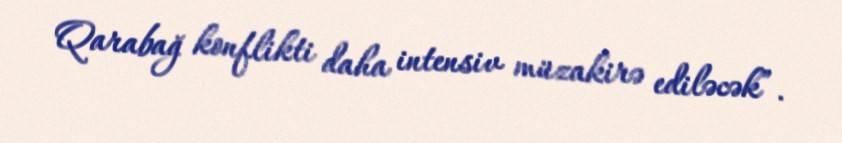
Qarabağ konflikti daha intensiv müzakirə ediləcək”.